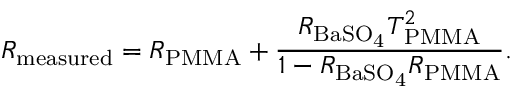
R _ { \mathrm { { m e a s u r e d } } } = R _ { \mathrm { { P M M A } } } + \frac { R _ { \mathrm { { B a S O } _ { 4 } } } T _ { \mathrm { { P M M A } } } ^ { 2 } } { 1 - R _ { \mathrm { { B a S O } _ { 4 } } } R _ { \mathrm { { P M M A } } } } .